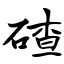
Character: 碴